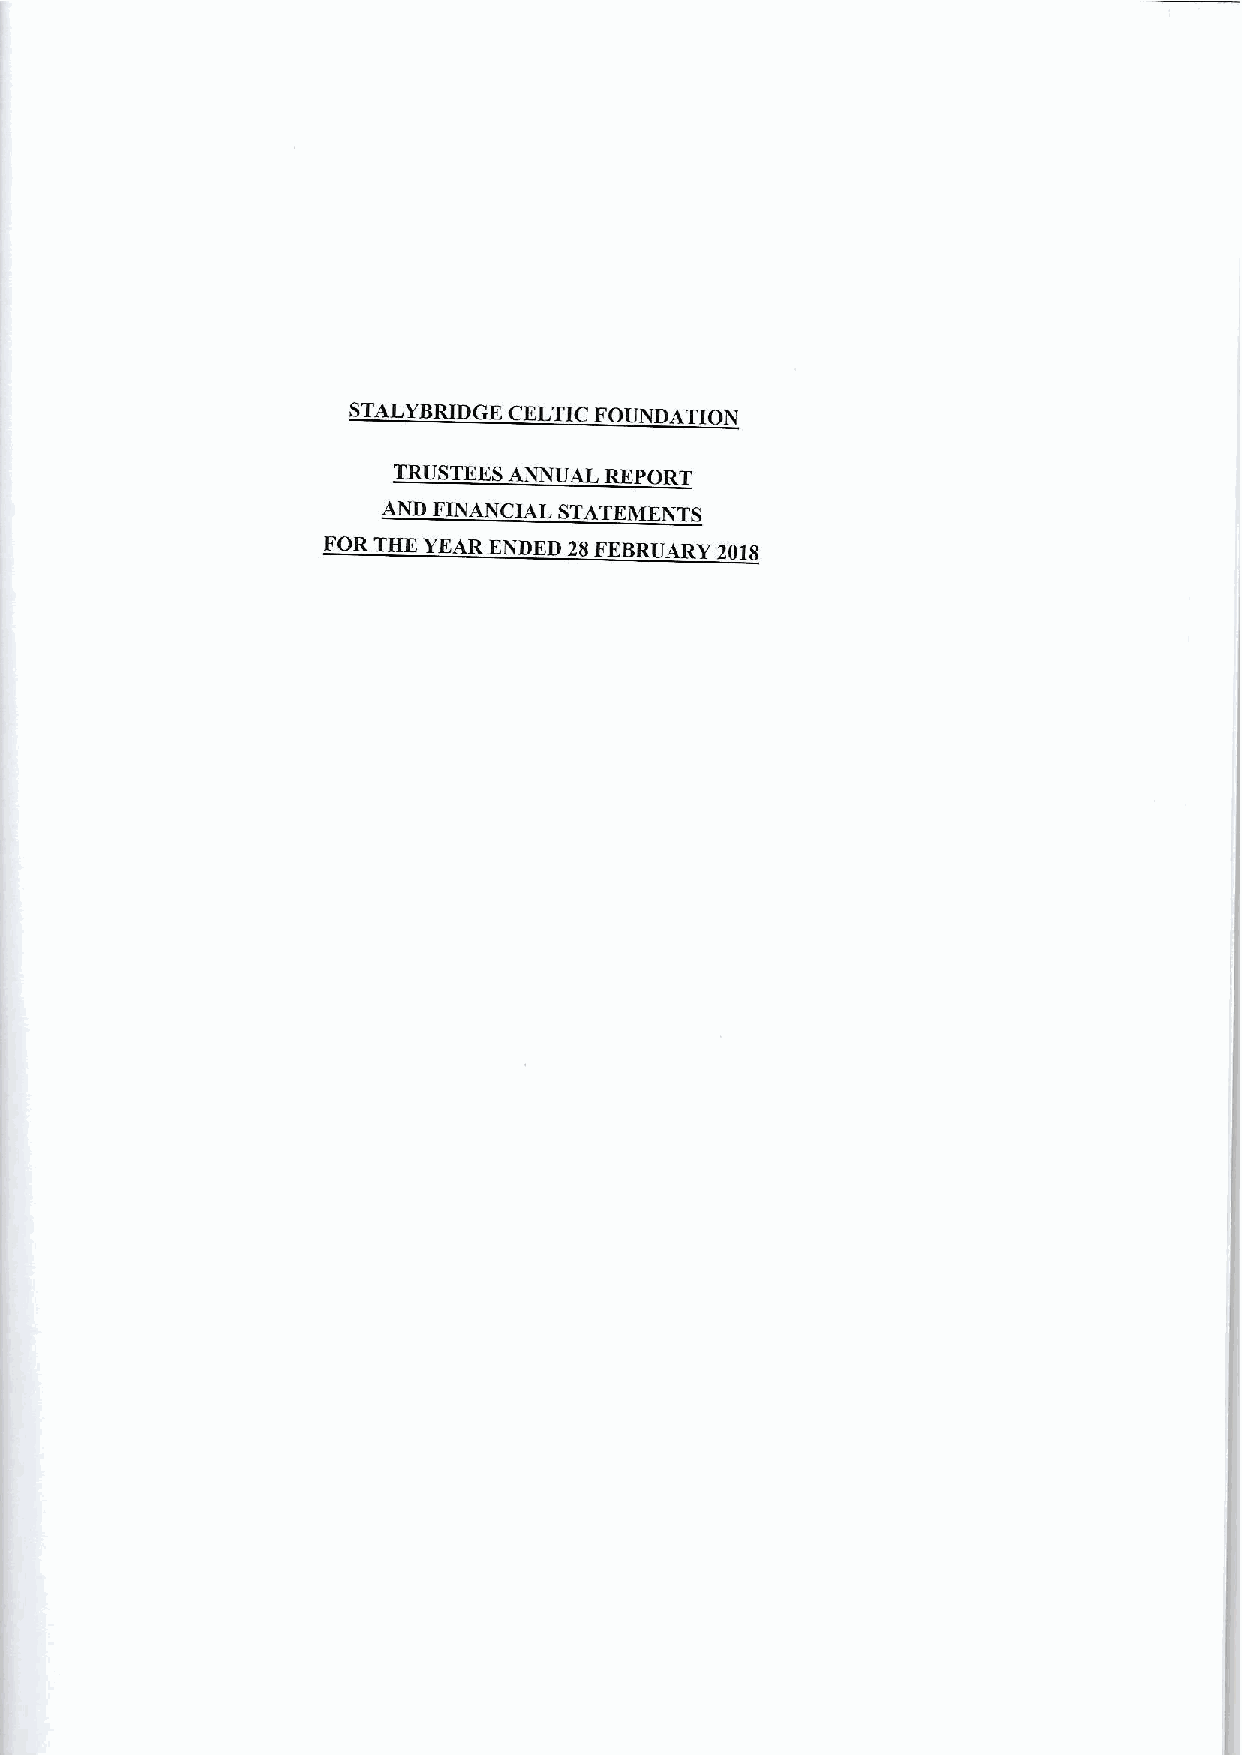
STALYBRIDGE CELTIC FOUNDATION
 TRUSTEES ANNUAL REPORT
 AND FINANCIAL STATEMENTS
 FOR THE YEAR ENDED 28FEBRUARY 2018